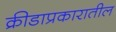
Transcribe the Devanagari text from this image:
क्रीडाप्रकारातील